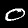
Digit: 0